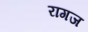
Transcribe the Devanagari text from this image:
रागज